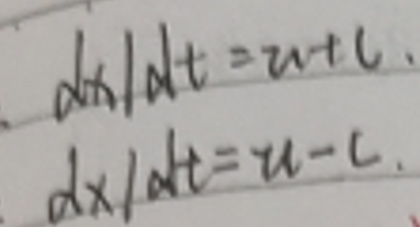
\[
\begin{align*}
dx/dt&=u + c\\
dx/dt&=u - c
\end{align*}
\]